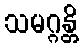
သမဂ္ဂန္တိ